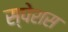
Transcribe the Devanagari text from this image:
स्पेशस